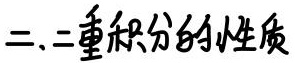
二、二重积分的性质